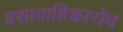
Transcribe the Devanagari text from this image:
वसावाहिकारोध